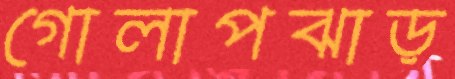
গোলাপঝাড়